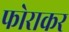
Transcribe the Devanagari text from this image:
फोराकर